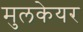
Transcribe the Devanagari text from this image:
मुलकेयर